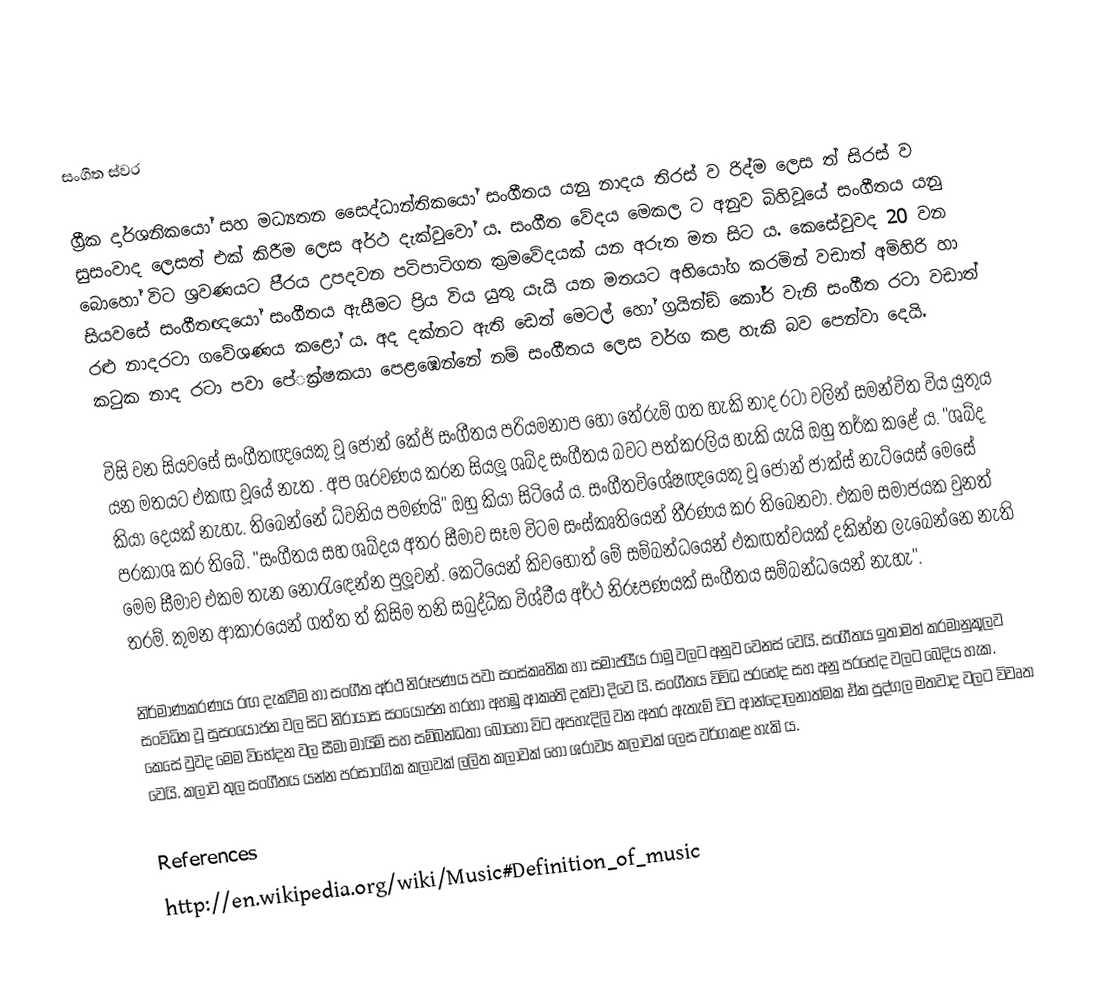
සංගීත ස්වර

ග‍්‍රීක දාර්ශනිකයෝ සහ මධ්‍යතන සෛද්ධාන්තිකයෝ සංගීතය යනු නාදය තිරස් ව රිද්ම ලෙස ත් සිරස් ව සුසංවාද ලෙසත් එක් කිරීම ලෙස අර්ථ දැක්වුවෝ ය. සංගීත වේදය මෙකල ට අනුව බිහිවූයේ සංගීතය යනු බොහෝ විට ශ‍්‍රවණයට පි‍්‍රය උපදවන පටිපාටිගත ක‍්‍රමවේදයක් යන අරුත මත සිට ය. කෙසේවුවද 20 වන සියවසේ සංගීතඥයෝ සංගීතය ඇසීමට ප‍්‍රිය විය යුතු යැයි යන මතයට අභියෝග කරමින් වඩාත් අමිහිරි හා රළු නාදරටා ගවේශණය කළෝ ය. අද දක්නට ඇති ඩෙත් මෙටල් හෝ ග‍්‍රයින්ඞ් කෝර් වැනි සංගීත රටා වඩාත් කටුක නාද රටා පවා පේ‍්‍රක්ෂකයා පෙළඹෙන්නේ නම් සංගීතය ලෙස වර්ග කළ හැකි බව පෙන්වා දෙයි.

විසි වන සියවසේ සංගීතඥයෙකු වූ ජෝන් කේජ් සංගීතය ප‍්‍රියමනාප හෝ තේරුම් ගත හැකි නාද රටා වලින් සමන්විත විය යුතුය යන මතයට එකඟ වූයේ නැත . අප ශ‍්‍රවණය කරන සියලූ ශබ්ද සංගීතය බවට පත්කරලිය හැකි යැයි ඔහු තර්ක කළේ ය. "ශබ්ද කියා දෙයක් නැහැ. තිබෙන්නේ ධ්වනිය පමණයි" ඔහු කියා සිටියේ ය. සංගීතවිශේෂඥයෙකු වූ ජෝන් ජාක්ස් නැට්යෙස් මෙසේ ප‍්‍රකාශ කර තිබේ. "සංගීතය සහ ශබ්දය අතර සීමාව සෑම විටම සංස්කෘතියෙන් තීරණය කර තිබෙනවා. එකම සමාජයක වුනත් මෙම සීමාව එකම තැන නොරැඳෙන්න පුලූවන්. කෙටියෙන් කිවහොත් මේ සම්බන්ධයෙන් එකඟත්වයක් දකින්න ලැබෙන්නෙ නැති තරම්. කුමන ආකාරයෙන් ගත්ත ත් කිසිම තනි සබුද්ධික විශ්වීය අර්ථ නිරූපණයක් සංගීතය සම්බන්ධයෙන් නැහැ".

නිර්මාණකරණය රඟ දැක්වීම හා සංගීත අර්ථ නිරූපණය පවා සංස්කෘතික හා සමාජයීය රාමු වලට අනුව වෙනස් වෙයි. සංගීතය ඉතාමත් ක‍්‍රමානුකූලව සංවිධිත වූ සුසංයෝජන වල සිට නිරායාස සංයෝජන හරහා අහඹු ආකෘති දක්වා දිවෙ යි. සංගීතය විවිධ ප‍්‍රභේද සහ අනු ප‍්‍රභේද වලට බෙදිය හැක. කෙසේ වුවද මෙම විභේදන වල සීමා මායිම් සහ සම්බන්ධතා බොහෝ විට අපහැදිලි වන අතර ඇතැම් විට ආන්දෝලනාත්මක ඒක පුද්ගල මතවාද වලට විවෘත වෙයි. කලාව තුල සංගීතය යන්න ප‍්‍රසාංගික කලාවක් ලලිත කලාවක් හෝ ශ‍්‍රාව්‍ය කලාවක් ලෙස වර්ගකළ හැකි ය.

References
http://en.wikipedia.org/wiki/Music#Definition_of_music